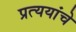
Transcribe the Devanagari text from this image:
प्रत्ययांचे